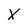
Character: X